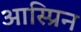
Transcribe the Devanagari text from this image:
आस्प्रिन